Tezpur Lunatic Asylum reports 1895-1904 - 1895-1904
Year: 1895
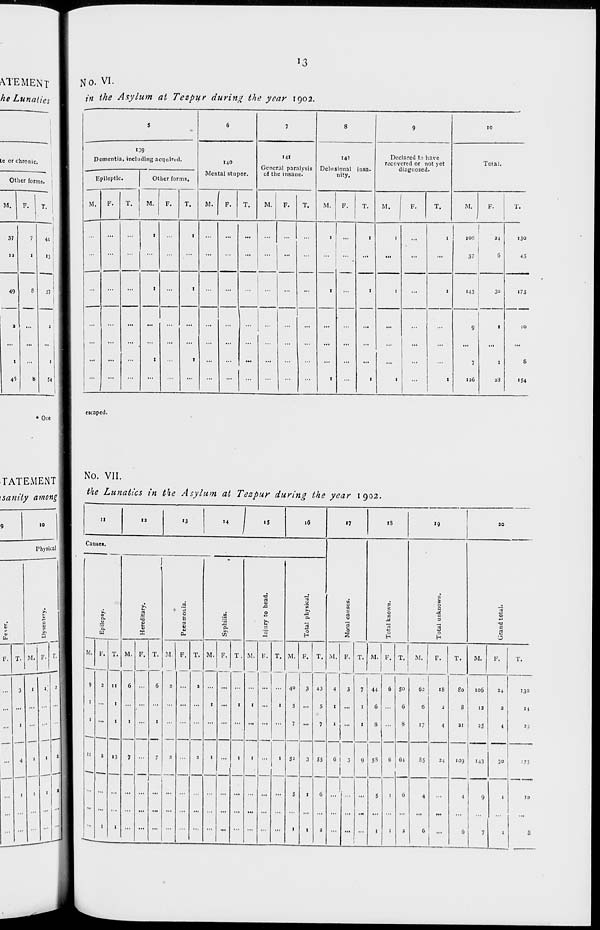
ATEMENT
he Lunaties
te or chronic.
Other forms.
M.
F.
T.
37
7
44
11
l
>3
49
8
SI
a
...
»
4«
»3
No. VI.
;'« i!/z<? Asylum at Tezpur during the year 1902.
5
6
7
8
9
10
139
Dementia, including acquired.
140
Mental stupor.
141
General paralysis
of the insane.
14'
Delusional
nity.
nsa-
Declared to have
ivcovcrcd or not yet
diagnosed.
Tola).
Epileptic.
Other forms.
M.
F.
T.
„. F. T. M. F. T. M. F. T. M. F. T.
1
M.
F.
T.
M.
F.
X.
...
...
1
1
...
...
...
...
...
1
...
1
1
1
10S
37
34
6
130
43
...
...
I
...
1
...
...
...
...
...
1
...
1
1
...
1
M3
30
173
...
...
...
1
...
1
...
...
...
...
1
...
1
1
1
1
9
7
126
I
1
28
10
S
154
* One
escaped.
TATEMENT
'sanity among
10
Physical
fc,
F. T. M<
1
I.
No. VII.
the Lunatics in the Asylum at Tespur during the year 1902.
II
12
'3
14
1
iS
16
• 7
IS
»9
20
Causes.
1
0
2
a
0
c
H
0
H
0
a
M
a
3
3
0
H
Epilepsy.
J
>,
nj
-5
U
X
.2
0
3
V
cu
2
a,
•0
rt
0
A
0
b a
'a
0
>>
ja
0.
0
H
3
-a
c
2
0
M.
9
i
1
11
F. T. M.
6
1
1
F. T. M.
2
F. T.
a
M.
1
1
F. T.
1
1
M.
1
1
B, T.
1
1
M.
40
S
7
5=
5
1
F.
3
3
I
I
T.
43
5
7
55
6
2
M.
4
1
1
0
F.
3
3
T. M. 1
1
F. T.
M.
F.
T.
M.
F.
T,
2
1
11
1
1
13
1
6
1
7
7
1
1
9
i
41
6
8
S8
5
1
6
6
1
1
So
6
8
64
6
2
62
6
17
18
2
4
80
8
21
106
12
2 S
34
2
4
130
14
2;
85
24
log
4
6
143
30
'73
4
6
...
9
7
1
1
S